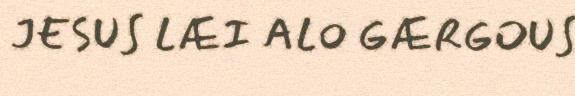
JESUS LÆI ALO GÆRGOUS